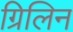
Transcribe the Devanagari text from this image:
ग्रिलिन